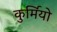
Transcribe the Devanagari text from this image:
कुर्मियो